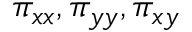
\pi _ { x x } , \pi _ { y y } , \pi _ { x y }